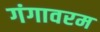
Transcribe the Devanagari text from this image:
गंगावरम